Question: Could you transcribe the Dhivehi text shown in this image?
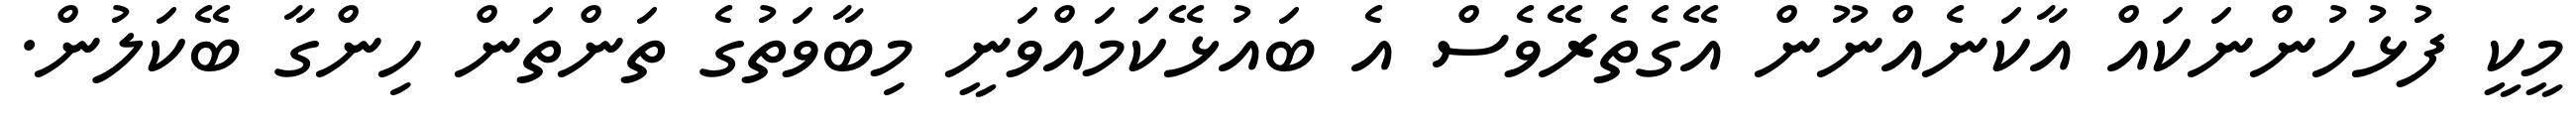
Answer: މީކީ ފުޅުހުންނަކައް އާކަނެއްނޫން އޭގެތެރޭވެސް އެ ބައުޅޭކަމައްވަނީ މިބާވަތުގެ ތަންތަން ހިންގާ ބޭކަލުން.